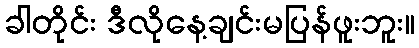
ခါတိုင်း ဒီလိုနေ့ချင်းမပြန်ဖူးဘူး။